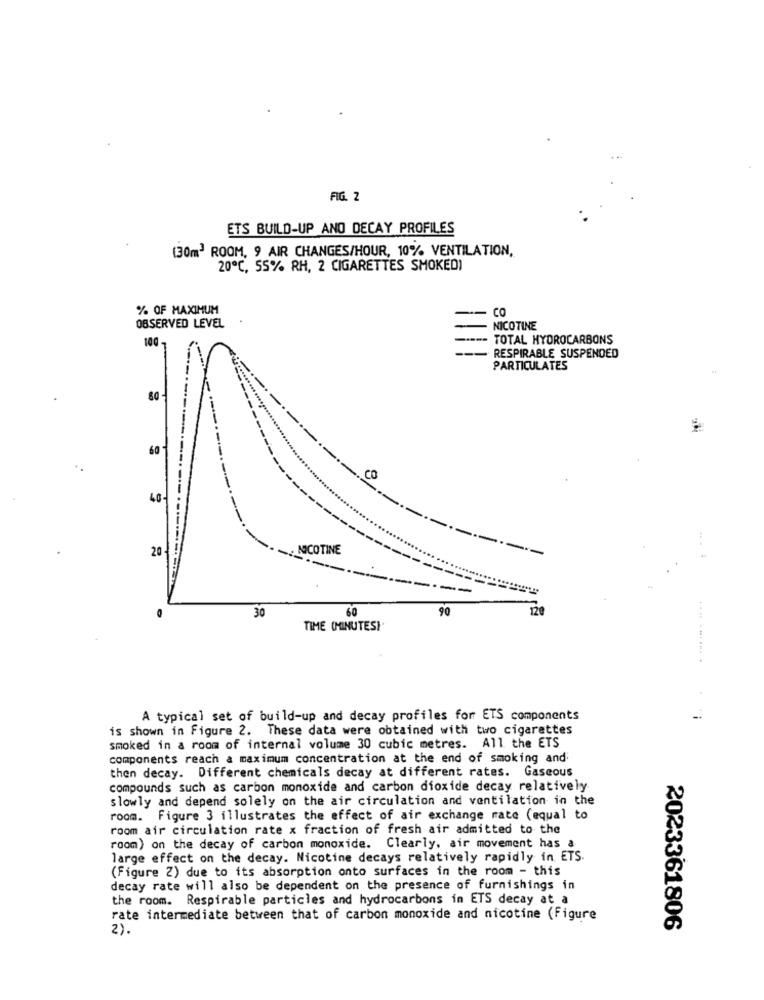
FIG. 2
ETS BUILD-UP ANO DECAY PROFILES
(30m3 ROOM, 9 AIR CHANGES/HOUR, 10% VENTILATION,
20℃, 55% RH, 2 CIGARETTES SMOKED)
% OF MAXIMUM
CO
OBSERVED LEVEL
· NICOTINE
100
-- TOTAL HYDROCARBONS
- RESPIRABLE SUSPENDED
PARTICULATES
---
60
40
20
NICOTINE
30
60
90
120
TIME (MINUTES)
.... ........
A typical set of build-up and decay profiles for ETS components
-
is shown in Figure 2. These data were obtained with two cigarettes
smoked in a room of internal volume 30 cubic metres. All the ETS
components reach a maximum concentration at the end of smoking and:
then decay. Different chemicals decay at different rates. Gaseous
compounds such as carbon monoxide and carbon dioxide decay relatively
slowly and depend solely on the air circulation and ventilation in the
room. Figure 3 illustrates the effect of air exchange rate (equal to
room air circulation rate x fraction of fresh air admitted to the
room) on the decay of carbon monoxide. Clearly, air movement has a
large effect on the decay. Nicotine decays relatively rapidly in ETS.
(Figure 2) due to its absorption onto surfaces in the room - this
decay rate will also be dependent on the presence of furnishings in
the room. Respirable particles and hydrocarbons in ETS decay at a
rate intermediate between that of carbon monoxide and nicotine (Figure
2).
2023361806